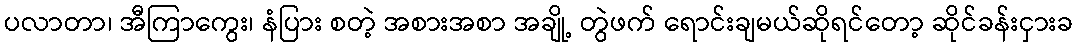
ပလာတာ၊ အီကြာကွေး၊ နံပြား စတဲ့ အစားအစာ အချို့ တွဲဖက် ရောင်းချမယ်ဆိုရင်တော့ ဆိုင်ခန်းငှားခ